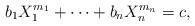
LaTeX: \begin{align*}b_1X_1^{m_1}+\dots+b_nX_n^{m_n}=c,\end{align*}